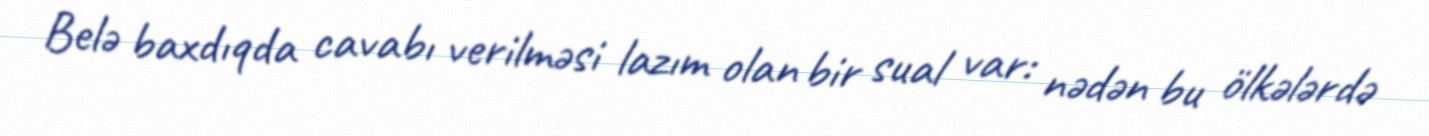
Belə baxdıqda cavabı verilməsi lazım olan bir sual var: nədən bu ölkələrdə